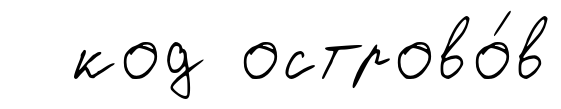
код острово́в